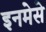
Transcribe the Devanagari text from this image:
इनमेसे